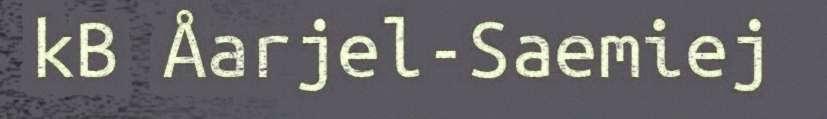
kB Åarjel-Saemiej